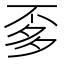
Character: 𱍚